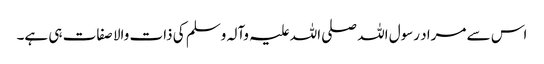
اس سے مراد رسول اللہ صلی اللہ علیہ وآلہ وسلم کی ذات والا صفات ہی ہے۔